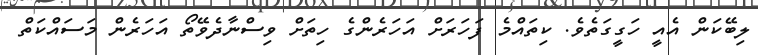
ލިބޭކަން އެއީ ހަގީގަތެވެ. ކިތައްމެ ފަހަރަށް އަހަރެންގެ ހިތަށް ވިސްނާދެވޭތޯ އަހަރެން މަސައްކަތް